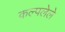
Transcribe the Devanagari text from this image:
कल्पलेले